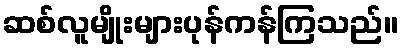
ဆစ်လူမျိုးများပုန်ကန်ကြသည်။